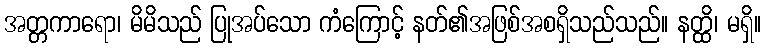
အတ္တကာရော၊ မိမိသည် ပြုအပ်သော ကံကြောင့် နတ်၏အဖြစ်အစရှိသည်သည်။ နတ္ထိ၊ မရှိ။